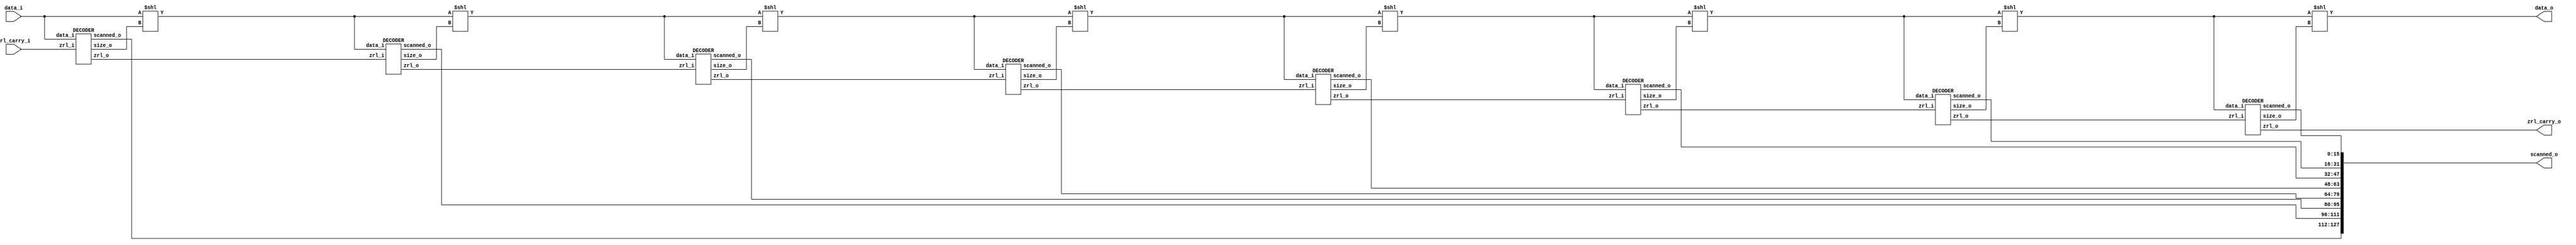
module DECODER_GROUP #(
  parameter   NUM_DECODERS    = 8
)(
  input   wire  [255:0]                 data_i,
  input   wire  [  3:0]                 zrl_carry_i,

  output  wire  [16*NUM_DECODERS-1:0]   scanned_o,
  output  wire  [255:0]                 data_o,
  output  wire  [  3:0]                 zrl_carry_o
);
  // synopsys template

  wire  [255:0]   data      [0:NUM_DECODERS];
  wire  [  3:0]   zrl       [0:NUM_DECODERS];
  wire  [  4:0]   size      [0:NUM_DECODERS-1];
  wire  [ 15:0]   scanned   [0:NUM_DECODERS-1];

  // input assignment
  assign zrl[0]   = zrl_carry_i;
  assign data[0]  = data_i;

  genvar i;
  generate
    for (i = 0; i < NUM_DECODERS; i = i + 1) begin : decoders
      DECODER   DEC   (
        .data_i     (data[i]),
        .zrl_i      (zrl[i]),

        .size_o     (size[i]),
        .zrl_o      (zrl[i+1]),
        .scanned_o  (scanned[i])
      );
    end
  endgenerate

  genvar j;
  generate
    for (j = 1; j < NUM_DECODERS+1; j = j + 1) begin : sized_shift
      assign data[j] = data[j-1] << size[j-1];
    end
  endgenerate

  // output assignment
  genvar k;
  generate
    for (k = 0; k < NUM_DECODERS; k = k + 1) begin : output_rename
      assign scanned_o[16*(NUM_DECODERS-k)-1:16*(NUM_DECODERS-(k+1))] = scanned[k];
    end
  endgenerate
  assign data_o       = data[NUM_DECODERS];
  assign zrl_carry_o  = zrl[NUM_DECODERS];
endmodule


module DECODER (
  input   wire  [255:0]     data_i,
  input   wire  [  3:0]     zrl_i,

  output  reg   [  4:0]     size_o,
  output  reg   [  3:0]     zrl_o,
  output  reg   [ 15:0]     scanned_o
);

  always @(*) begin
    if (zrl_i == 0) begin
      scanned_o = 16'h0;
      zrl_o = 4'd0;
      casez (data_i[255:252])
        4'b0011 : begin   // zero
          size_o = 5'd4;
        end
        4'b010? : begin   // zrl
          size_o = 5'd7;
          zrl_o = data_i[252:249];
        end
        4'b011? : begin   // single one
          size_o = 5'd7;
          scanned_o[15-(data_i[252:249])] = 1'b1;
        end
        4'b0000 : begin   // consec two ones
          size_o = 5'd8;
          scanned_o[15-(data_i[251:248])] = 1'b1;
          scanned_o[15-(data_i[251:248]+1)] = 1'b1;
        end
        4'b0001 : begin   // front half zeros
          size_o = 5'd12;
          scanned_o[7:0] = data_i[251:244];
        end
        4'b0010 : begin
          size_o = 5'd12;
          scanned_o[15:8] = data_i[251:244];
        end
        default : begin
          size_o = 5'd17;
          scanned_o = data_i[254:239];
        end
      endcase
    end
    else begin
      size_o = 5'd0;
      zrl_o = zrl_i - 1;
      scanned_o = 16'h0;
    end
  end
endmodule